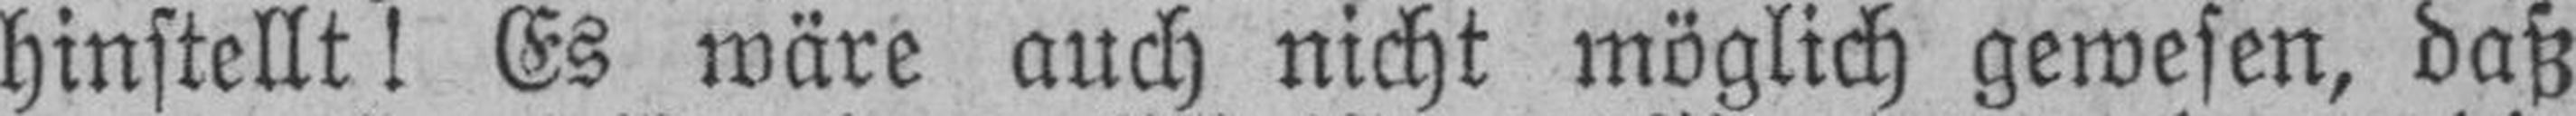
hinstellt! Es wäre auch nicht möglich gewesen, daß